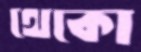
থেকো